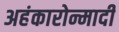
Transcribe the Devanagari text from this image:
अहंकारोन्मादी